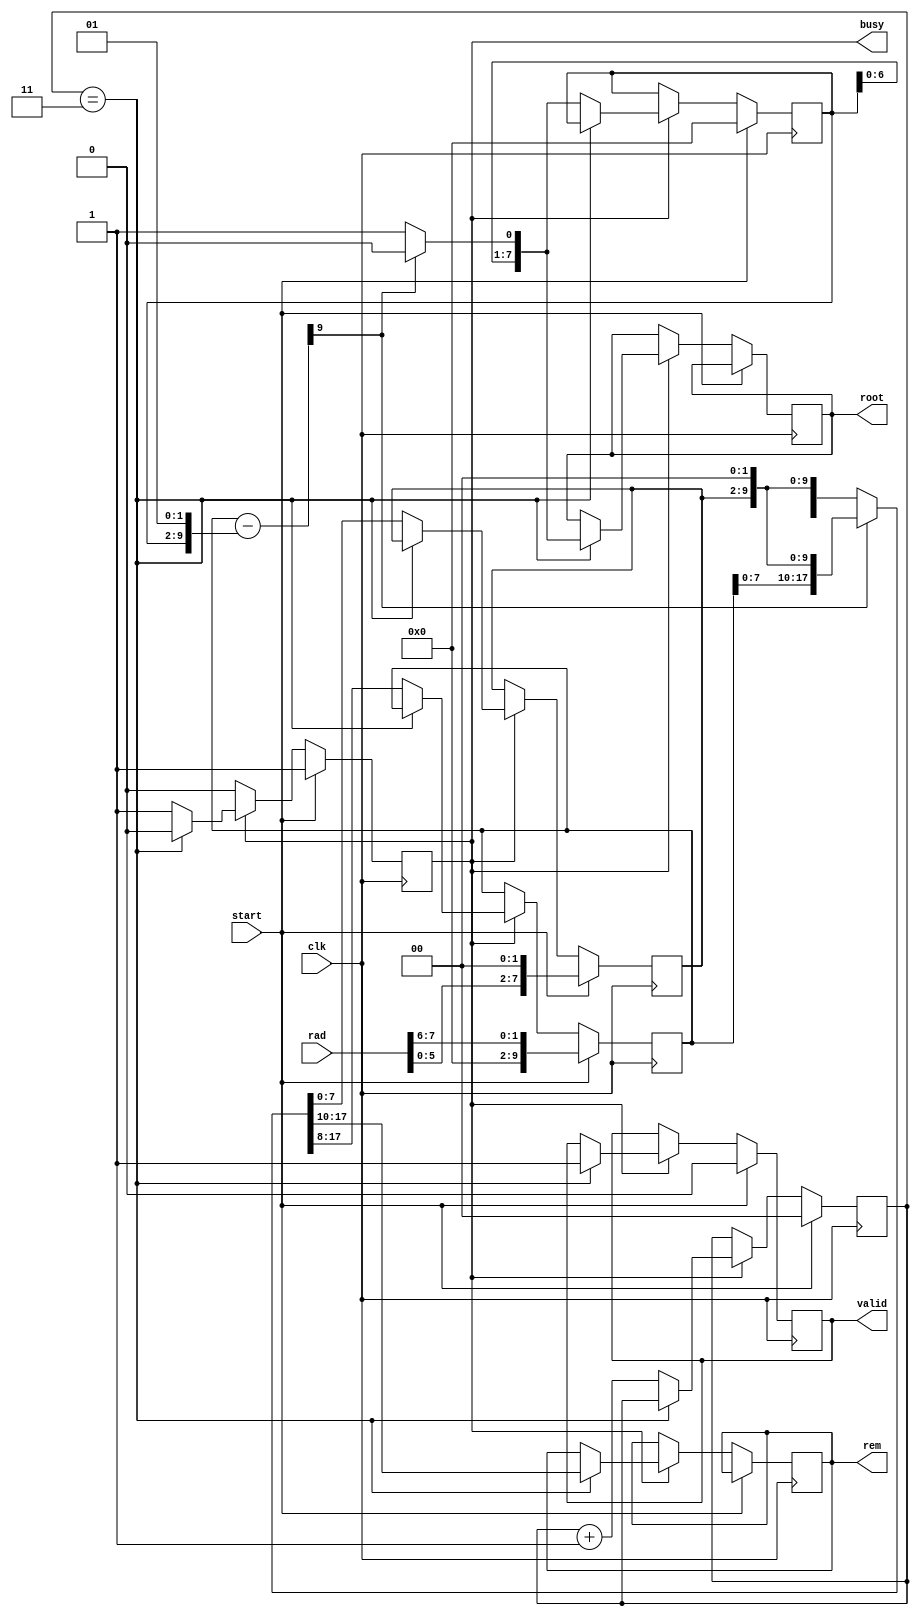
module adld_sqrt_cp(
input clk,
input start,            
output reg busy,             
output reg valid,             
input  [7:0] rad,  
output reg [7:0] root,  
output reg [7:0] rem    
    );
parameter WIDTH=8;
reg [7:0] x, x_next;    
reg [7:0] q, q_next;    
reg [9:0] ac, ac_next;  
reg [9:0] test_res;    
localparam ITER = WIDTH >> 1;  
reg [$clog2(ITER)-1:0] i;     
always @(*)
  begin
test_res = ac - {q, 2'b01};
if (test_res[WIDTH+1] == 0) begin  
 {ac_next, x_next} = {test_res[WIDTH-1:0], x, 2'b0};
 q_next = {q[WIDTH-2:0], 1'b1};
        end 
else
begin
{ac_next, x_next} = {ac[WIDTH-1:0], x, 2'b0};
 q_next = q << 1;
end
end
always @(posedge clk) begin
 if (start) begin
busy <= 1;
valid <= 0;
i <= 0;
q <= 0;
 {ac, x} <= {{WIDTH{1'b0}}, rad, 2'b0};
 end else if (busy) begin
 if (i == ITER-1) begin  
busy <= 0;
 valid <= 1;
 root <= q_next;
 rem <= ac_next[WIDTH+1:2];  
end else begin  
 i <= i + 1;
 x <= x_next;
 ac <= ac_next;
 q <= q_next;
 end
 end
end
endmodule